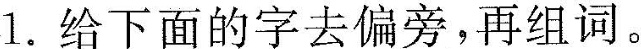
1.给下面的字去偏旁，再组词。